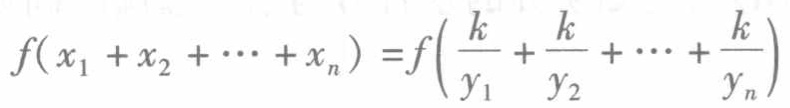
\[f(x_{1}+x_{2}+\cdots +x_{n}) = f\left(\frac{k}{y_{1}}+\frac{k}{y_{2}}+\cdots+\frac{k}{y_{n}}\right)\]